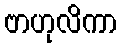
ဗာဟုလိကာ